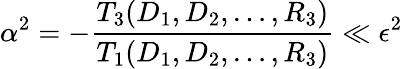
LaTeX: \alpha^{2}=-\frac{T_{3}(D_{1},D_{2},\dots,R_{3})}{T_{1}(D_{1},D_{2},\dots,R_{3})}\ll\epsilon^{2}